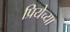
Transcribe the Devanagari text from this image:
प्रियेच्या